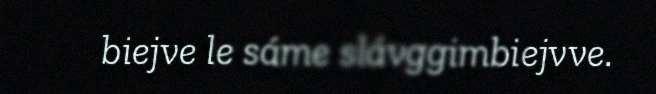
biejve le sáme slávggimbiejvve.